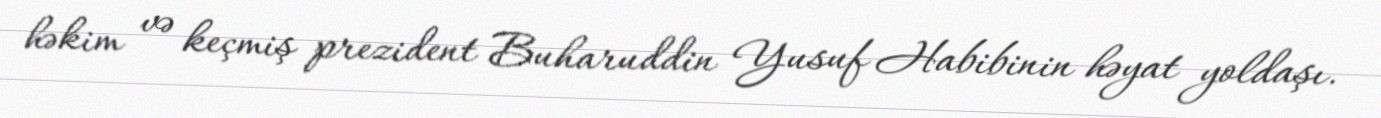
həkim və keçmiş prezident Buharuddin Yusuf Habibinin həyat yoldaşı.